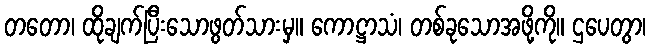
တတော၊ ထိုချက်ပြီးသောဖွတ်သားမှ။ ကောဋ္ဌာသံ၊ တစ်ခုသောအဖို့ကို။ ဌပေတွာ၊